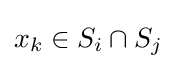
x_{k}\in S_{i}\cap S_{j}